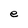
Character: e